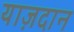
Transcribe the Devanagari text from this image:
याज़दान